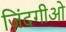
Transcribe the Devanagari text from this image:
ज़िंदगीओ